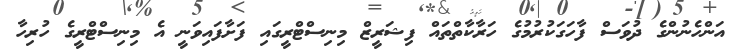
އަންހެނުންގެ ދުވަސް ފާހަގަކުރުމުގެ ހަރާކާތްތައް ފިޝަރީޒް މިނިސްޓްރީގައި ފަށާފައިވަނީ އެ މިނިސްޓްރީގެ ހުރިހާ